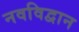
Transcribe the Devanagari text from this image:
नवविद्वान